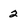
Character: 2